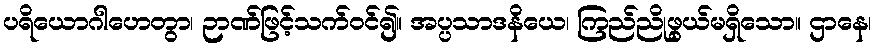
ပရိယောဂါဟေတွာ၊ ဉာဏ်ဖြင့်သက်ဝင်၍။ အပ္ပသာဒနိယေ၊ ကြည်ညိုဖွယ်မရှိသော။ ဌာနေ၊